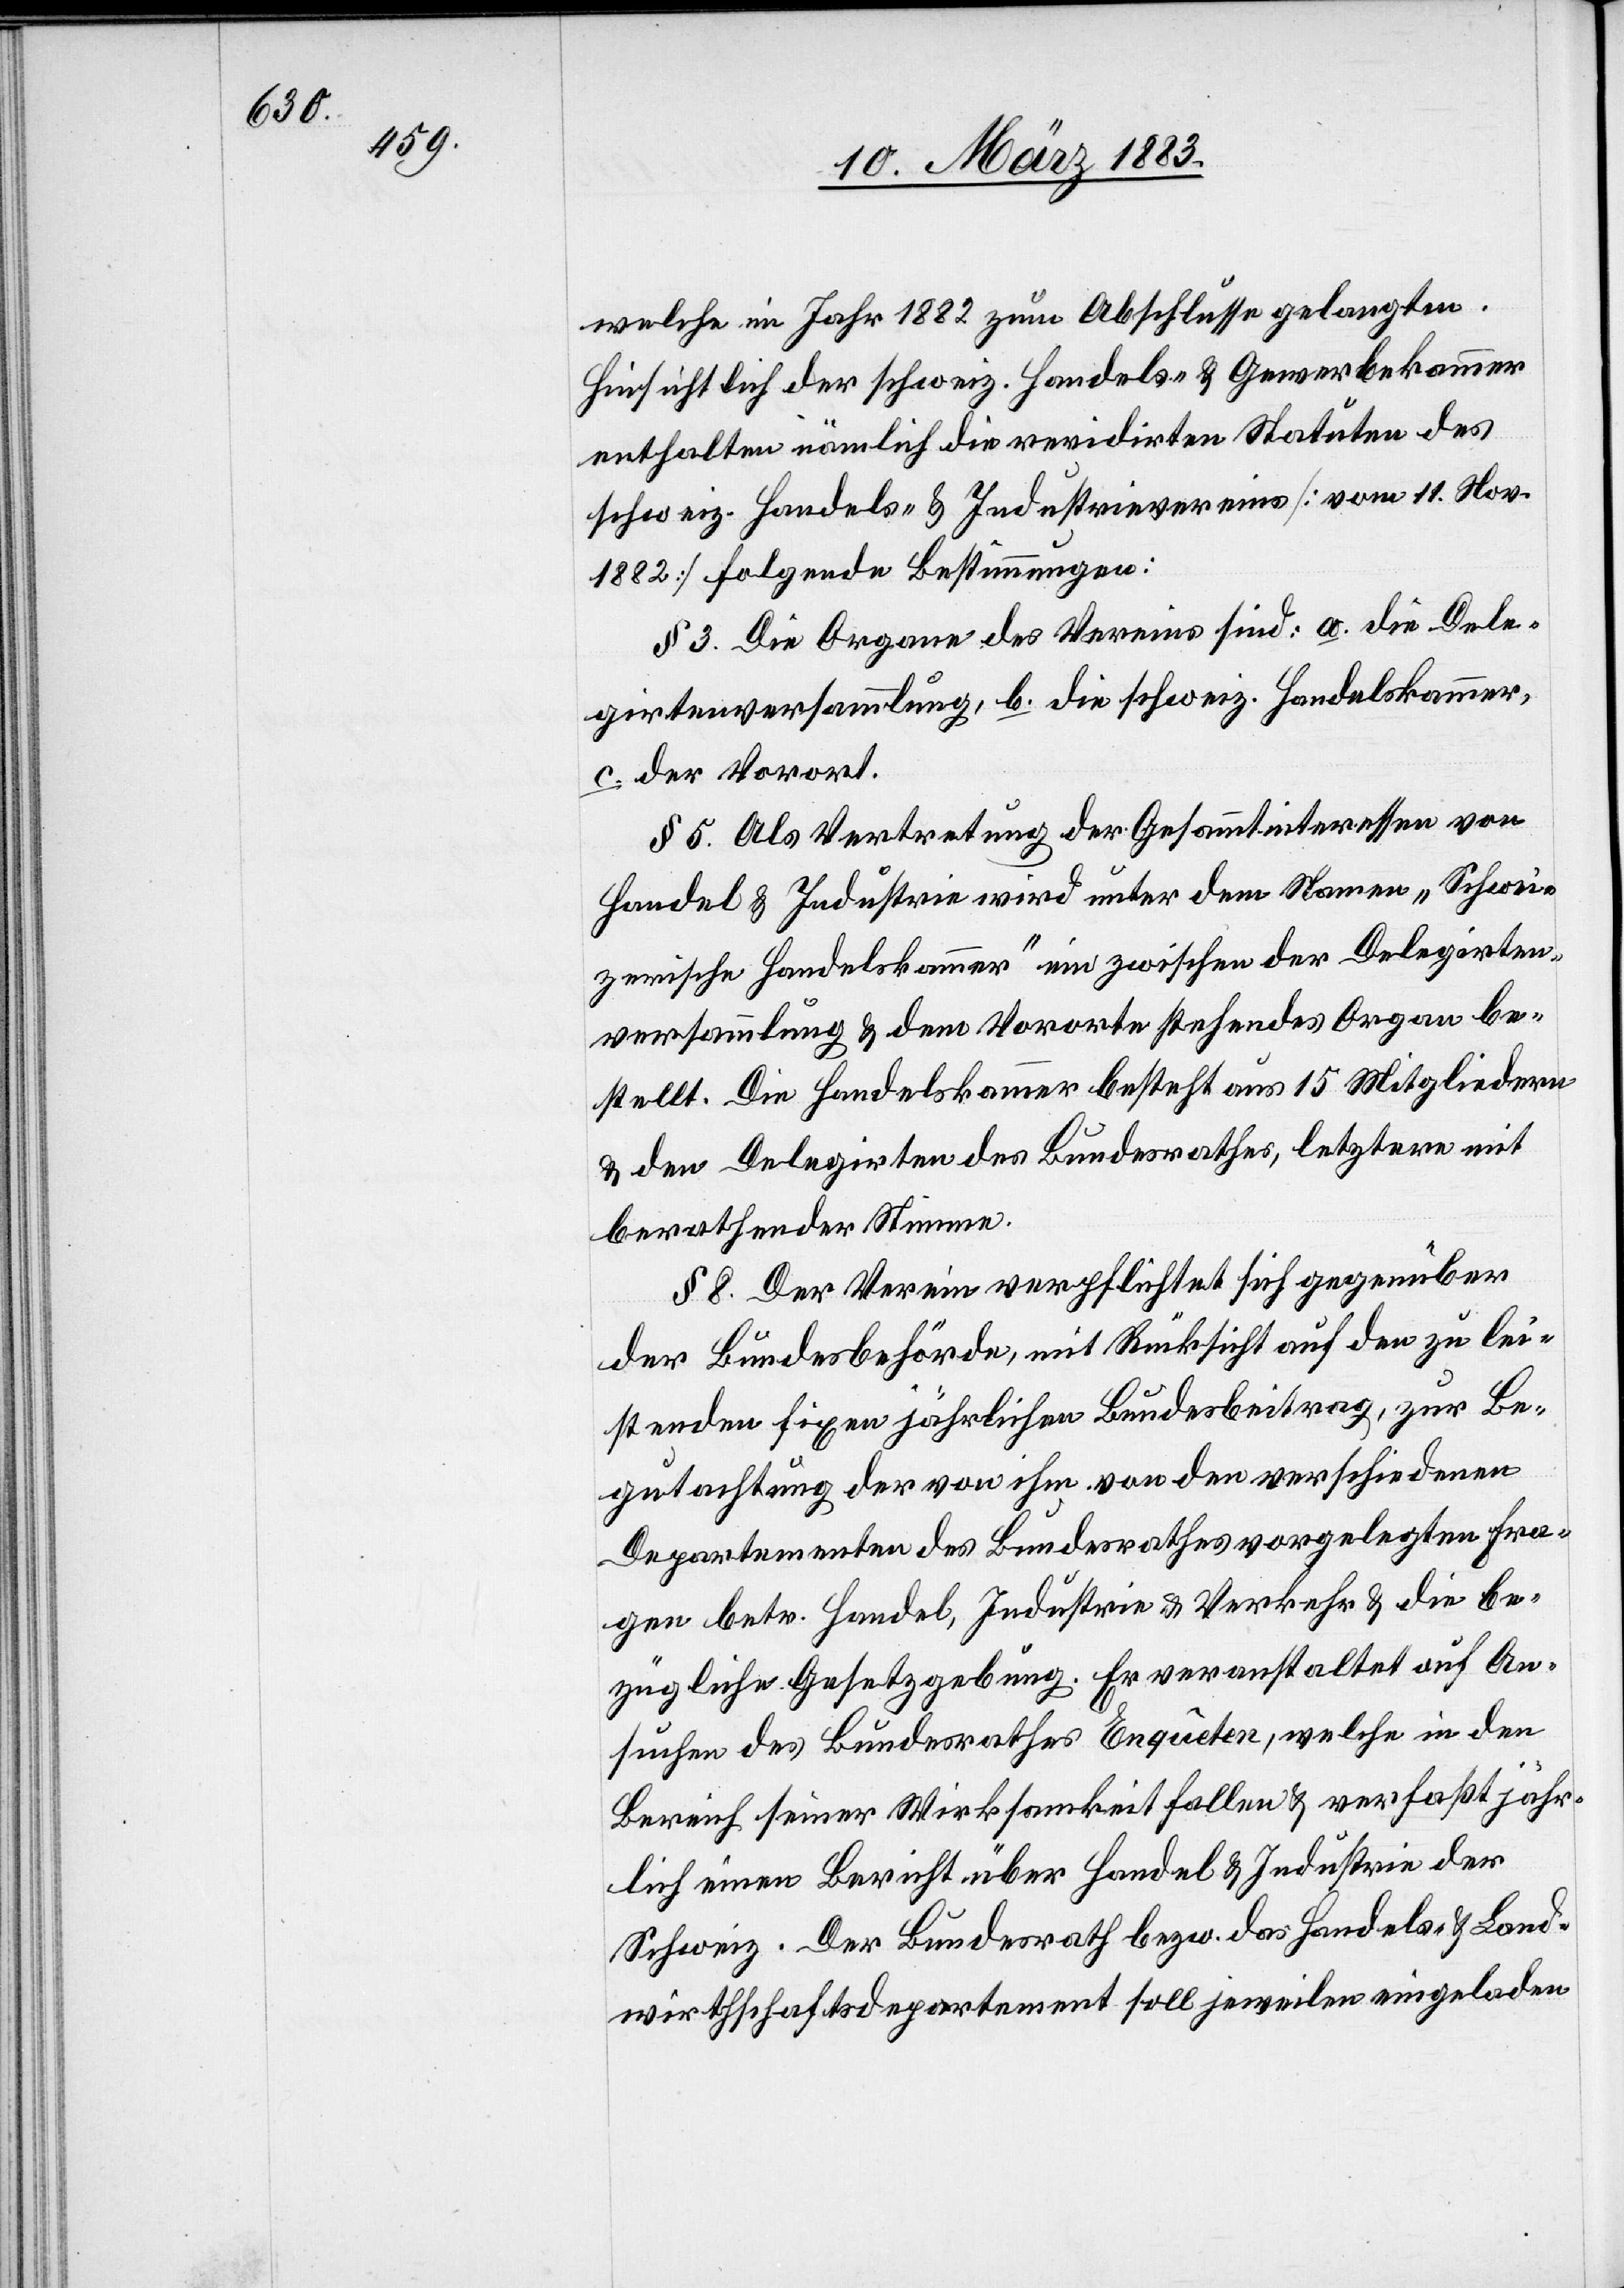
vom 9.